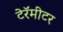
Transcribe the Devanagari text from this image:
टेरॅमीटर